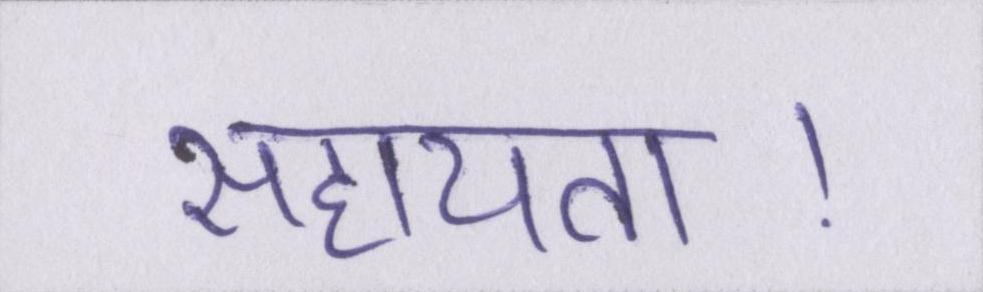
सहायता।